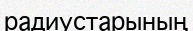
радиустарының